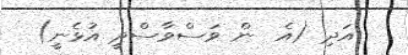
އަދި (އެ  ން ވަސްވާސްދީ އުޅެނީ)